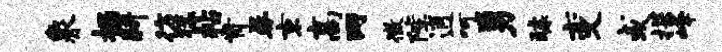
象掘耕彷猛帖肯晷京高两徵陛逍呵勇醵变或探峰